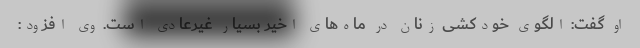
او گفت: الگوی خودکشی زنان در ماه‌های اخیر بسیار غیرعادی است. وی افزود: